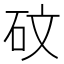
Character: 砇